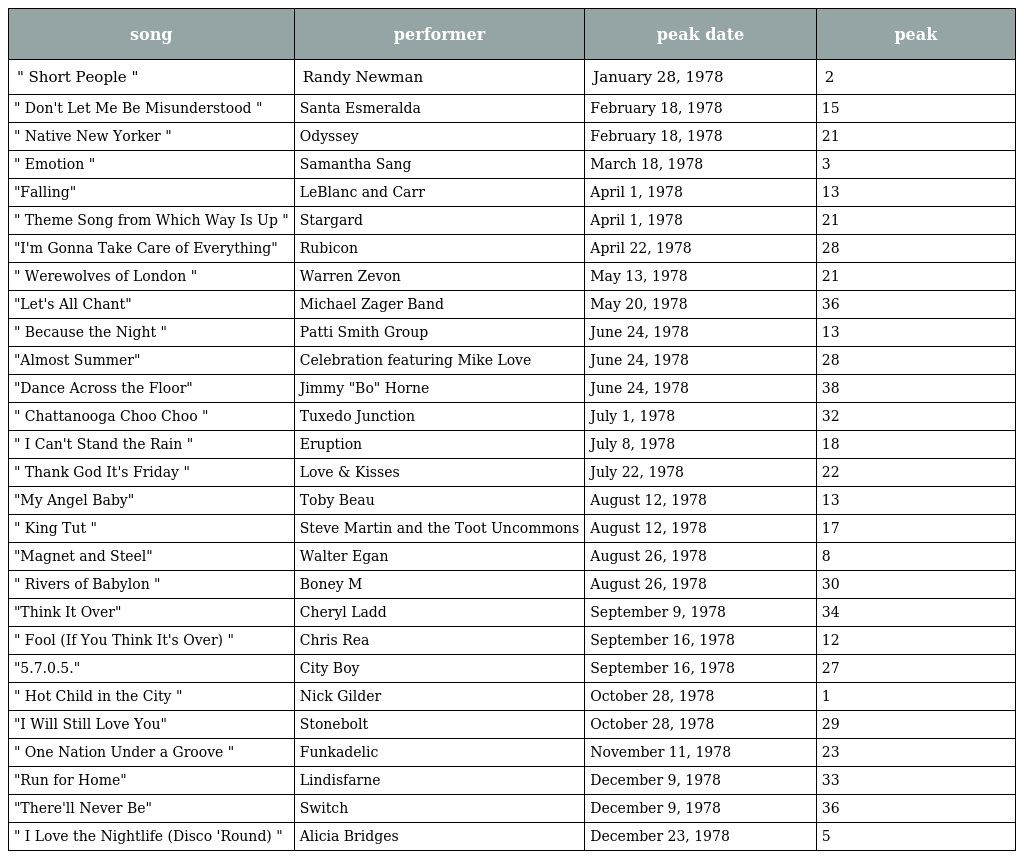
| song | performer | peak date | peak |
 | --- | --- | --- | --- |
 | " Short People " | Randy Newman | January 28, 1978 | 2 |
 | " Don't Let Me Be Misunderstood " | Santa Esmeralda | February 18, 1978 | 15 |
 | " Native New Yorker " | Odyssey | February 18, 1978 | 21 |
 | " Emotion " | Samantha Sang | March 18, 1978 | 3 |
 | "Falling" | LeBlanc and Carr | April 1, 1978 | 13 |
 | " Theme Song from Which Way Is Up " | Stargard | April 1, 1978 | 21 |
 | "I'm Gonna Take Care of Everything" | Rubicon | April 22, 1978 | 28 |
 | " Werewolves of London " | Warren Zevon | May 13, 1978 | 21 |
 | "Let's All Chant" | Michael Zager Band | May 20, 1978 | 36 |
 | " Because the Night " | Patti Smith Group | June 24, 1978 | 13 |
 | "Almost Summer" | Celebration featuring Mike Love | June 24, 1978 | 28 |
 | "Dance Across the Floor" | Jimmy "Bo" Horne | June 24, 1978 | 38 |
 | " Chattanooga Choo Choo " | Tuxedo Junction | July 1, 1978 | 32 |
 | " I Can't Stand the Rain " | Eruption | July 8, 1978 | 18 |
 | " Thank God It's Friday " | Love & Kisses | July 22, 1978 | 22 |
 | "My Angel Baby" | Toby Beau | August 12, 1978 | 13 |
 | " King Tut " | Steve Martin and the Toot Uncommons | August 12, 1978 | 17 |
 | "Magnet and Steel" | Walter Egan | August 26, 1978 | 8 |
 | " Rivers of Babylon " | Boney M | August 26, 1978 | 30 |
 | "Think It Over" | Cheryl Ladd | September 9, 1978 | 34 |
 | " Fool (If You Think It's Over) " | Chris Rea | September 16, 1978 | 12 |
 | "5.7.0.5." | City Boy | September 16, 1978 | 27 |
 | " Hot Child in the City " | Nick Gilder | October 28, 1978 | 1 |
 | "I Will Still Love You" | Stonebolt | October 28, 1978 | 29 |
 | " One Nation Under a Groove " | Funkadelic | November 11, 1978 | 23 |
 | "Run for Home" | Lindisfarne | December 9, 1978 | 33 |
 | "There'll Never Be" | Switch | December 9, 1978 | 36 |
 | " I Love the Nightlife (Disco 'Round) " | Alicia Bridges | December 23, 1978 | 5 |